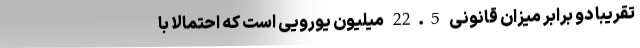
تقریبا دو برابر میزان قانونی 22.5 میلیون یورویی است که احتمالا با